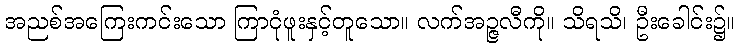
အညစ်အကြေးကင်းသော ကြာငုံဖူးနှင့်တူသော။ လက်အဉ္ဇလီကို။ သိရသိ၊ ဦးခေါင်း၌။